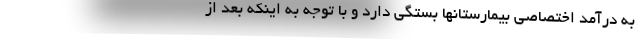
به درآمد اختصاصی بیمارستانها بستگی دارد و با توجه به اینکه بعد از